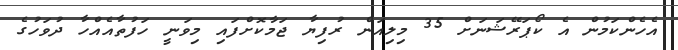
އެހެންކަމުން އެ ކޯޕަރޭޝަނަށް 35 މިލިއަން ރުފިޔާ ޖަމާކޮށްފައި މިވަނީ ހަފުތާއެއްހާ ދުވަހުގެ